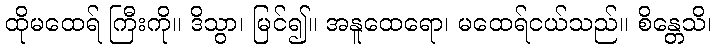
ထိုမထေရ် ကြီးကို။ ဒိသွာ၊ မြင်၍။ အနူထေရော၊ မထေရ်ငယ်သည်။ စိန္တေသိ၊